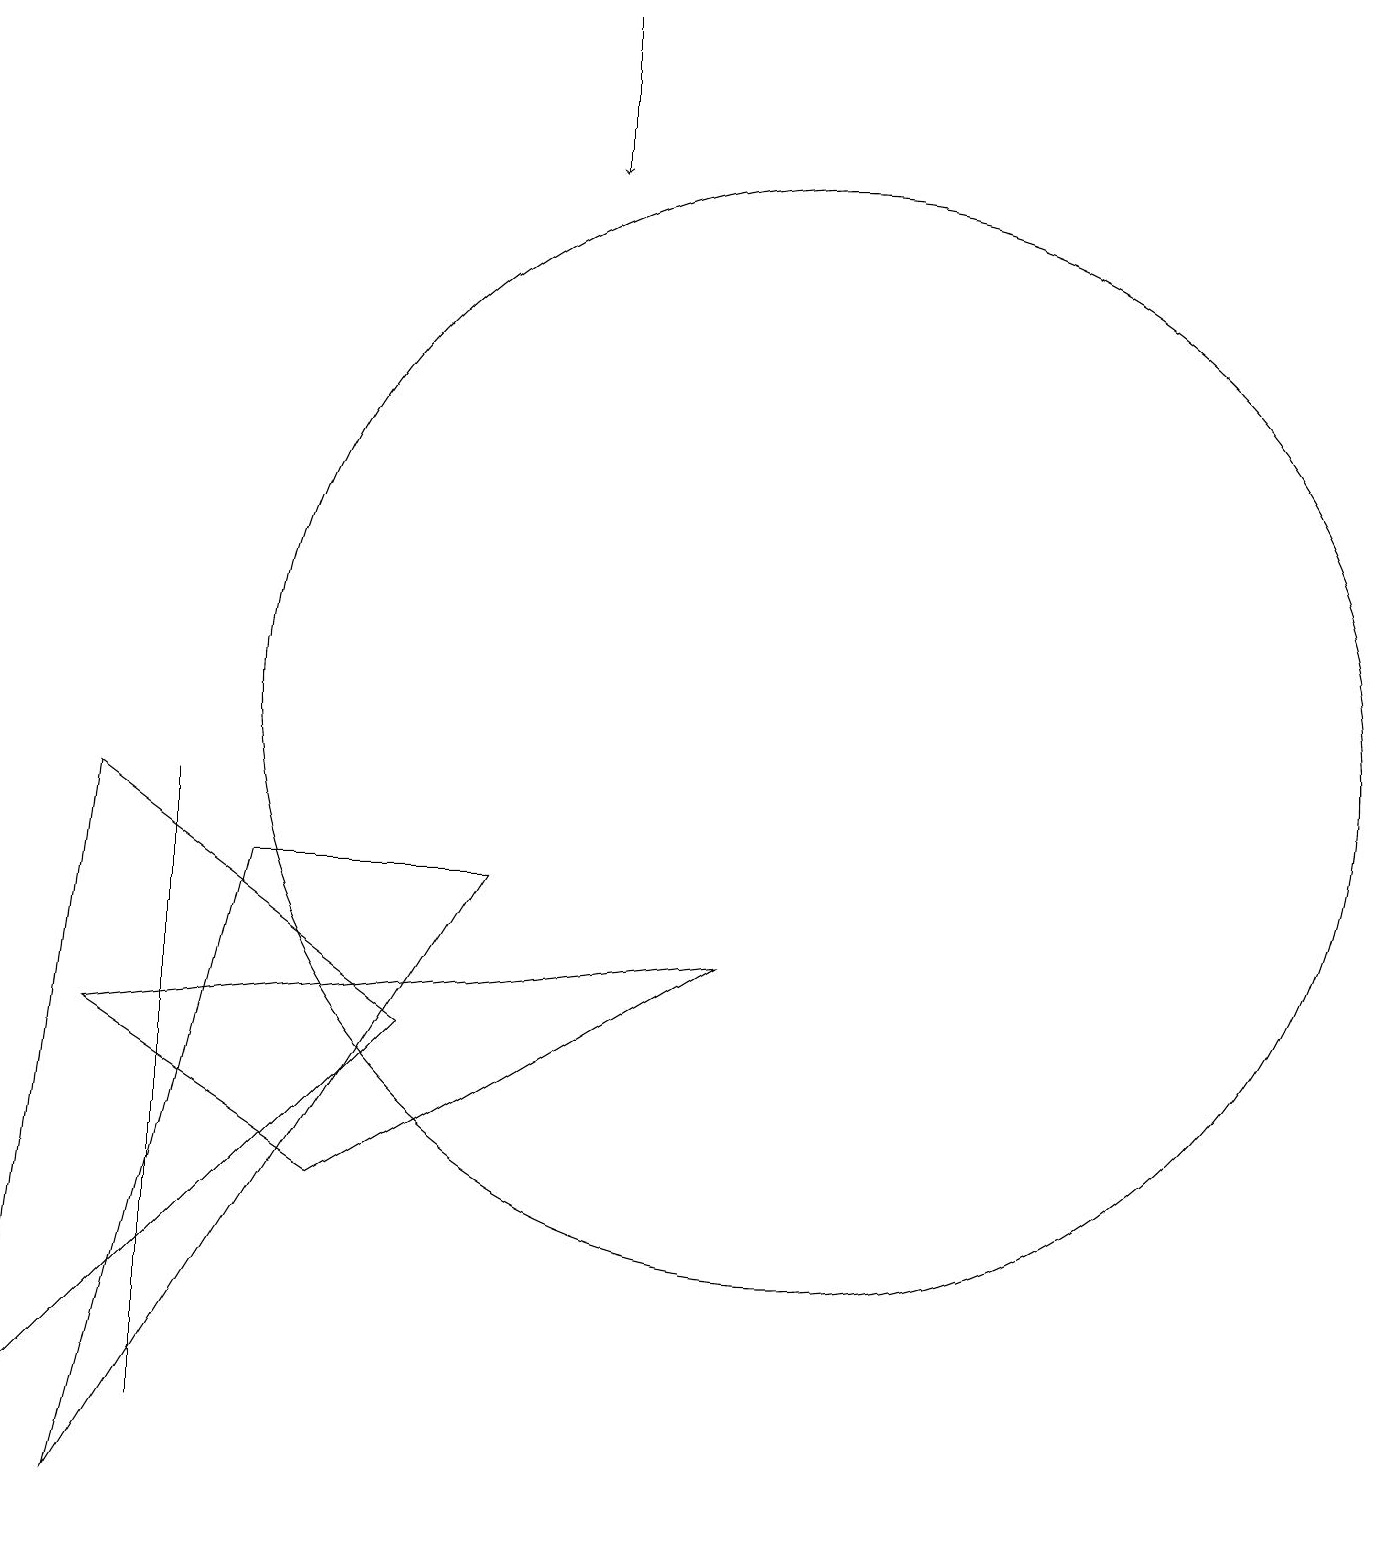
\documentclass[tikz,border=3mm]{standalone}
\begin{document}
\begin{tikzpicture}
\draw (10,10) circle (7);
\draw (4,4) -- (1,6) -- (9,7) -- cycle;
\draw (2,1) -- (2,8) -- (2,9) -- cycle;
\draw (6,8) -- (3,8) -- (1,0) -- cycle;
\draw (1,9) -- (5,6) -- (0,1) -- cycle;
\draw[->] (7,19) -- (7,17);
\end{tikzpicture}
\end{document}